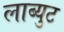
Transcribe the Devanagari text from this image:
लाब्युट